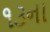
૧૩ના